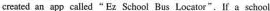
created an app called"Ez School Bus Locator". If a school